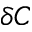
\delta C